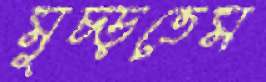
মুচ্‌ড়তেম